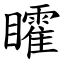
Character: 矐